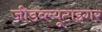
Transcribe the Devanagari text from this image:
जीडब्ल्यूटाइगर